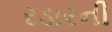
રડારની